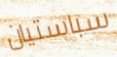
سباستيان